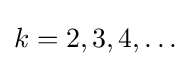
k=2,3,4,\ldots